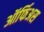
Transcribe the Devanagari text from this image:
ऑर्फिअस